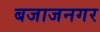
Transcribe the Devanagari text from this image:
बजाजनगर